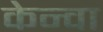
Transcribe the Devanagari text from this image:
केन्वा